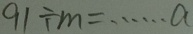
9 0 \div m = \cdots a